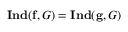
\mathbf { I n d } ( \mathbf { f } , G ) = \mathbf { I n d } ( \mathbf { g } , G )